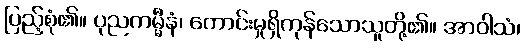
ပြည့်စုံ၏။ ပုညကမ္မီနံ၊ ကောင်းမှုရှိကုန်သောသူတို့၏။ အာဝါသံ၊